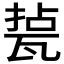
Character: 𤭥